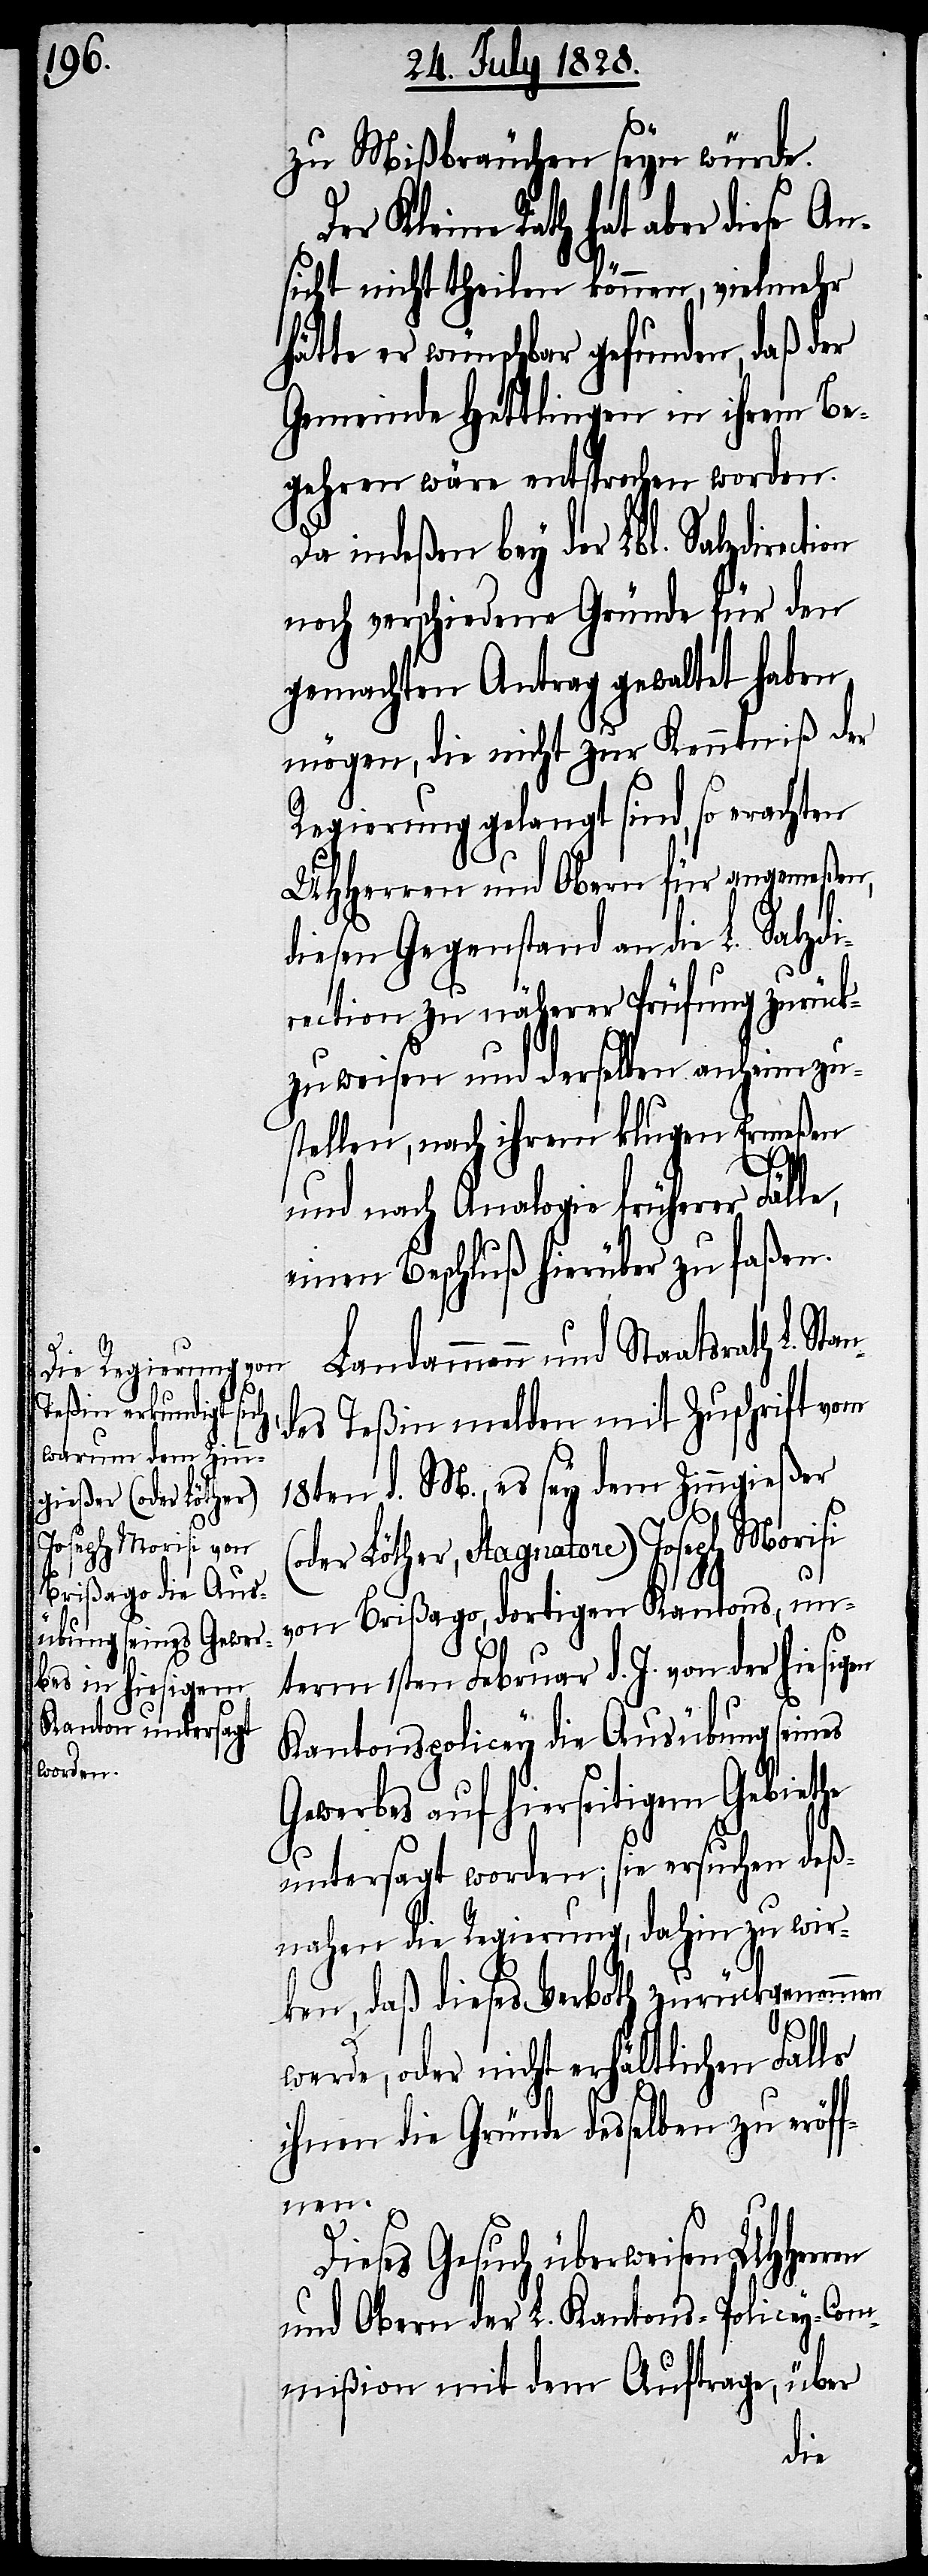
zu Mißbräuchen seyn würde.
Der Kleine Rath hat aber diese An¬
sicht nicht theilen können, vielmehr
hätte er wünschbar gefunden, daß der
Gemeinde Hettlingen in ihrem Be¬
gehren wäre entsprochen worden.
Da indeßen bey der Lbl. Salzdirec¬
noch verschiedene Gründe für den
gemachten Antrag gewaltet haben
mögen, die nicht zur Kenntniß der
Regierung gelangt sind, so erachten
UHHerren und Obern für angemeßen,
diesen Gegenstand an die L. Salzdi¬
rection zu näherer Prüfung zurück¬
zuweisen und derselben anheim zu¬
stellen, nach ihrem klugen Ermeßen
und nach Analogie früherer Fälle,
einen Beschluß hierüber zu faßen.
dammann und Staatsrath L.
ndes Teßin melden mit Zuschrift vom
18ten d. M., es sey dem Zinngießer
der Löther, Stagnatore) Joseph Morisi
von Brißago, dortigen Kantons, un¬
term 1sten Februar d. J. von der hiesigen
Kantonspolicey die Ausübung seines
Gewerbe auf hierseitigem Gebiethe
untersagt worden; sie ersuchen deß¬
nahen die Regierung, dahin zu wir¬
ken, daß dieses Verboth zurückgenommen
Sta¬
werde, oder nicht erhältlichen Falls
ihnen die Gründe desselben zu eröf¬
fnen.
(o¬
Dieses Gesuch überweisen UHHerren
und Obern der L. Kantons-Policey-Com¬
mißion mit dem Auftrage, über